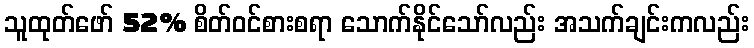
သူထုတ်ဖော် 52% စိတ်ဝင်စားစရာ သောက်နိုင်သော်လည်း အသက်ချင်းကလည်း